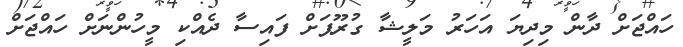
ހައްޖަށް ދާން މިދިޔަ އަހަރު މަލީޝާ ގުރޫޕަށް ފައިސާ ދެއްކި މީހުންނަށް ހައްޖަށް